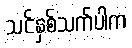
သင်နှစ်သက်ပါက